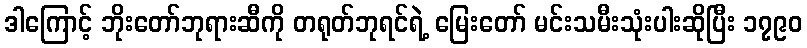
ဒါကြောင့် ဘိုးတော်ဘုရားဆီကို တရုတ်ဘုရင်ရဲ့ မြေးတော် မင်းသမီးသုံးပါးဆိုပြီး ၁၇၉၀